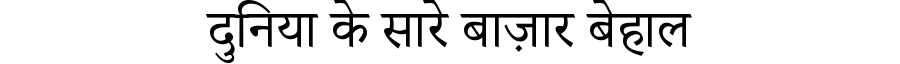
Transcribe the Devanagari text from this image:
दुनिया के सारे बाज़ार बेहाल